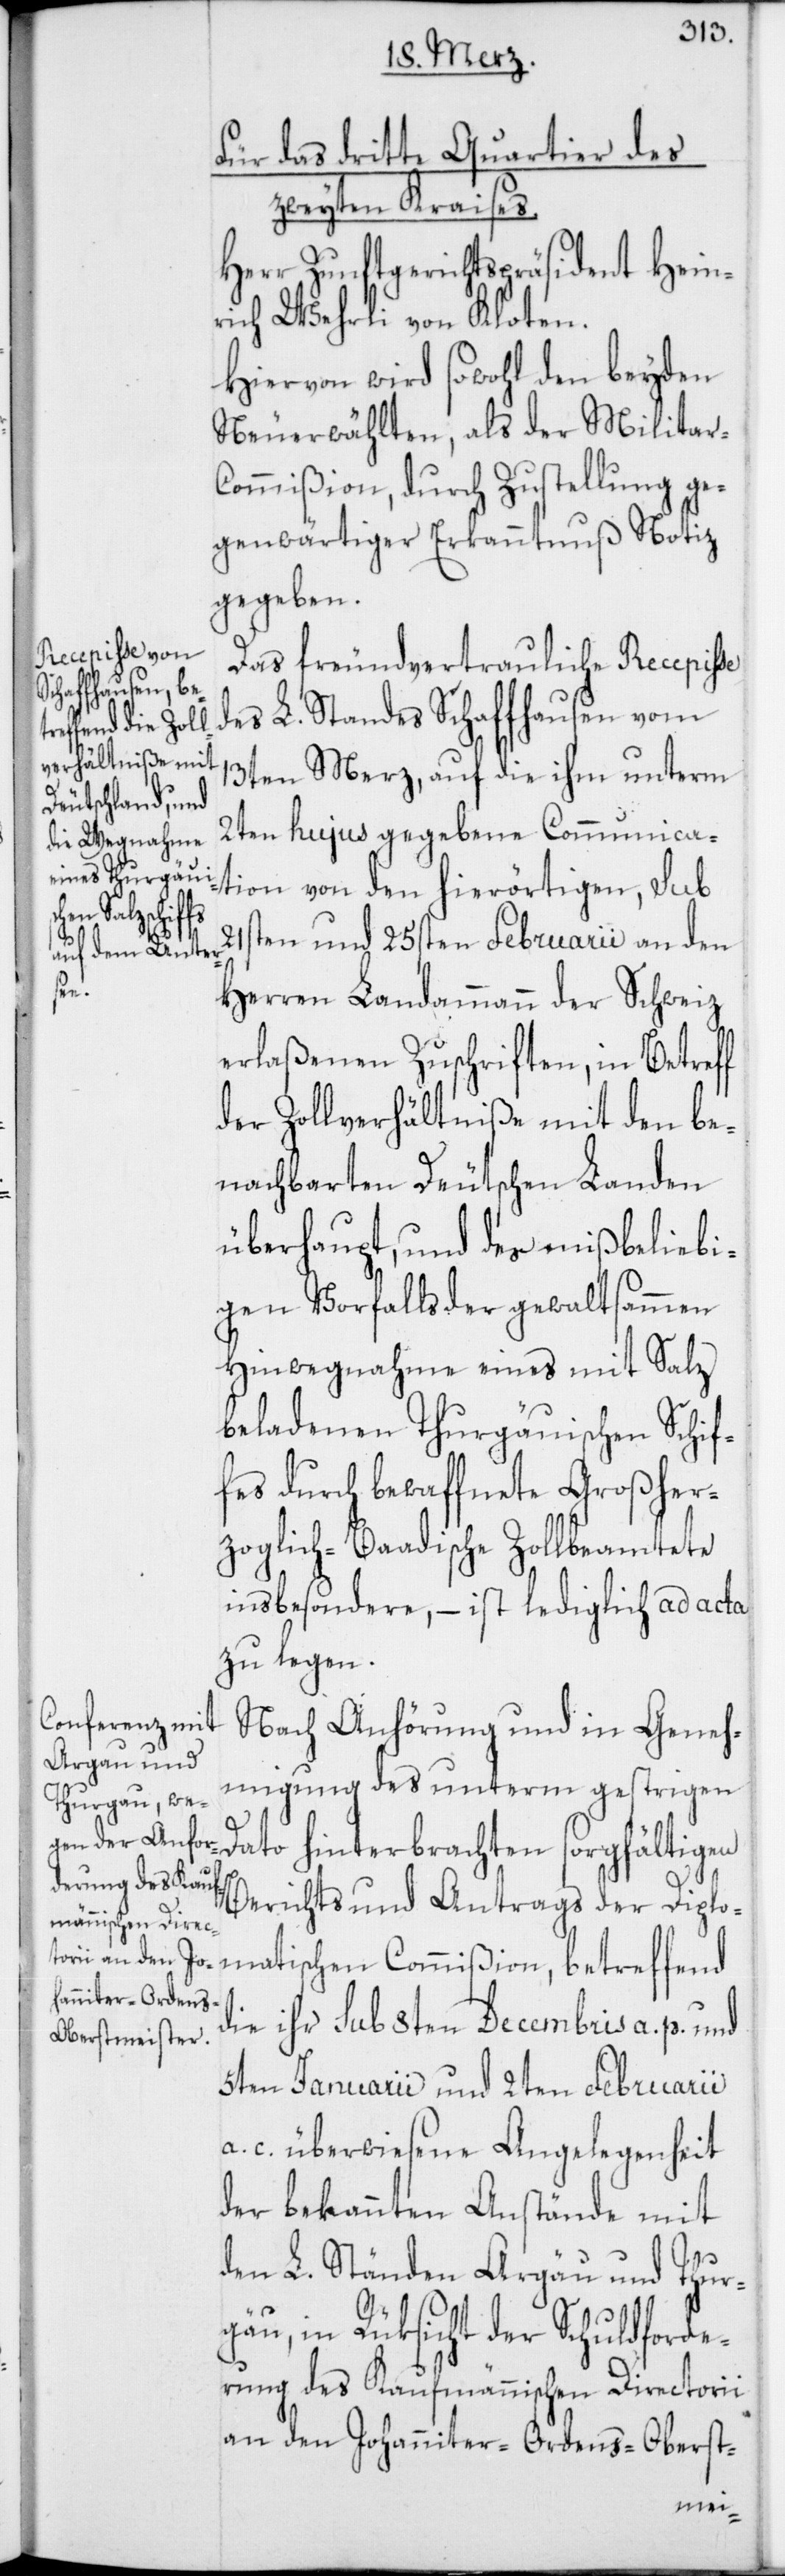
21s¬
Für das dritte Quartier des
zweyten Kraises.
Herr Zunftgerichtspräsident Hein¬
rich Wehrli von Kloten.
Hiervon wird sowohl den beyden
Neuerwählten, als der Militar-C¬
ommißion, durch Zustellung ge¬
genwärtiger Erkanntnuß Notiz
gegeben.
Das freundvertrauliche Recepiße
des L. Standes Schaffhausen vom
13ten Merz, auf die ihm unterm
2ten hujus gegebene Communica¬
tion von den hierörtigen, sub
ten und 25sten Februarii an den
ßion,
Herren Landammann der Schweiz
erlaßenen Zuschriften, in Betreff
der Zollverhältniße mit den be¬
nachbarten deutschen Landen
überhaupt, und des mißbeliebi¬
gen Vorfalls der gewaltsammen
Hinwegnahme eines mit Salz
beladenen Thurgauischen Schif¬
fes durch bewaffnete Großher¬
zoglich-Baadische Zollbeamtete
insbesondere, – ist lediglich ad acta
zu legen.
Nach Anhörung und in Geneh¬
migung des unterm gestrigen
Dato hinterbrachten sorgfältigen
Berichts und Antrags der Diplo¬
matischen Commi¬
die ihr sub 8ten Decembris a. p. und
5ten Januarii und 2ten Februarii
a. c. überwiesene Angelegenheit
der bekannten Anstände mit
den L. Ständen Argau und Thur¬
gau, in Rüksicht der Schuldforde¬
rung des Kaufmännischen Directorii
an den Johanniter-Ordens-Oberst-